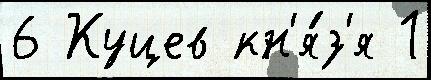
6 Куцев кн'я́з'я 1